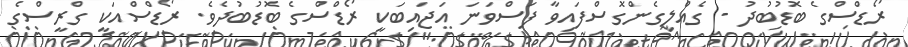
ރޯޑްސްގެ ބޮޑުބުދު - ގެއްލިގެންގޮސްފައިވާ ފަސްވަނަ އަޖައިބަކީ ރޯޑްސްގެ ބޮޑުބުދެވެ. ރޯޑްސްއަކީ ގްރީސްގެ